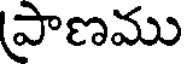
పాణము